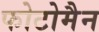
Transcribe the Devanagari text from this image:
फोटोमैन